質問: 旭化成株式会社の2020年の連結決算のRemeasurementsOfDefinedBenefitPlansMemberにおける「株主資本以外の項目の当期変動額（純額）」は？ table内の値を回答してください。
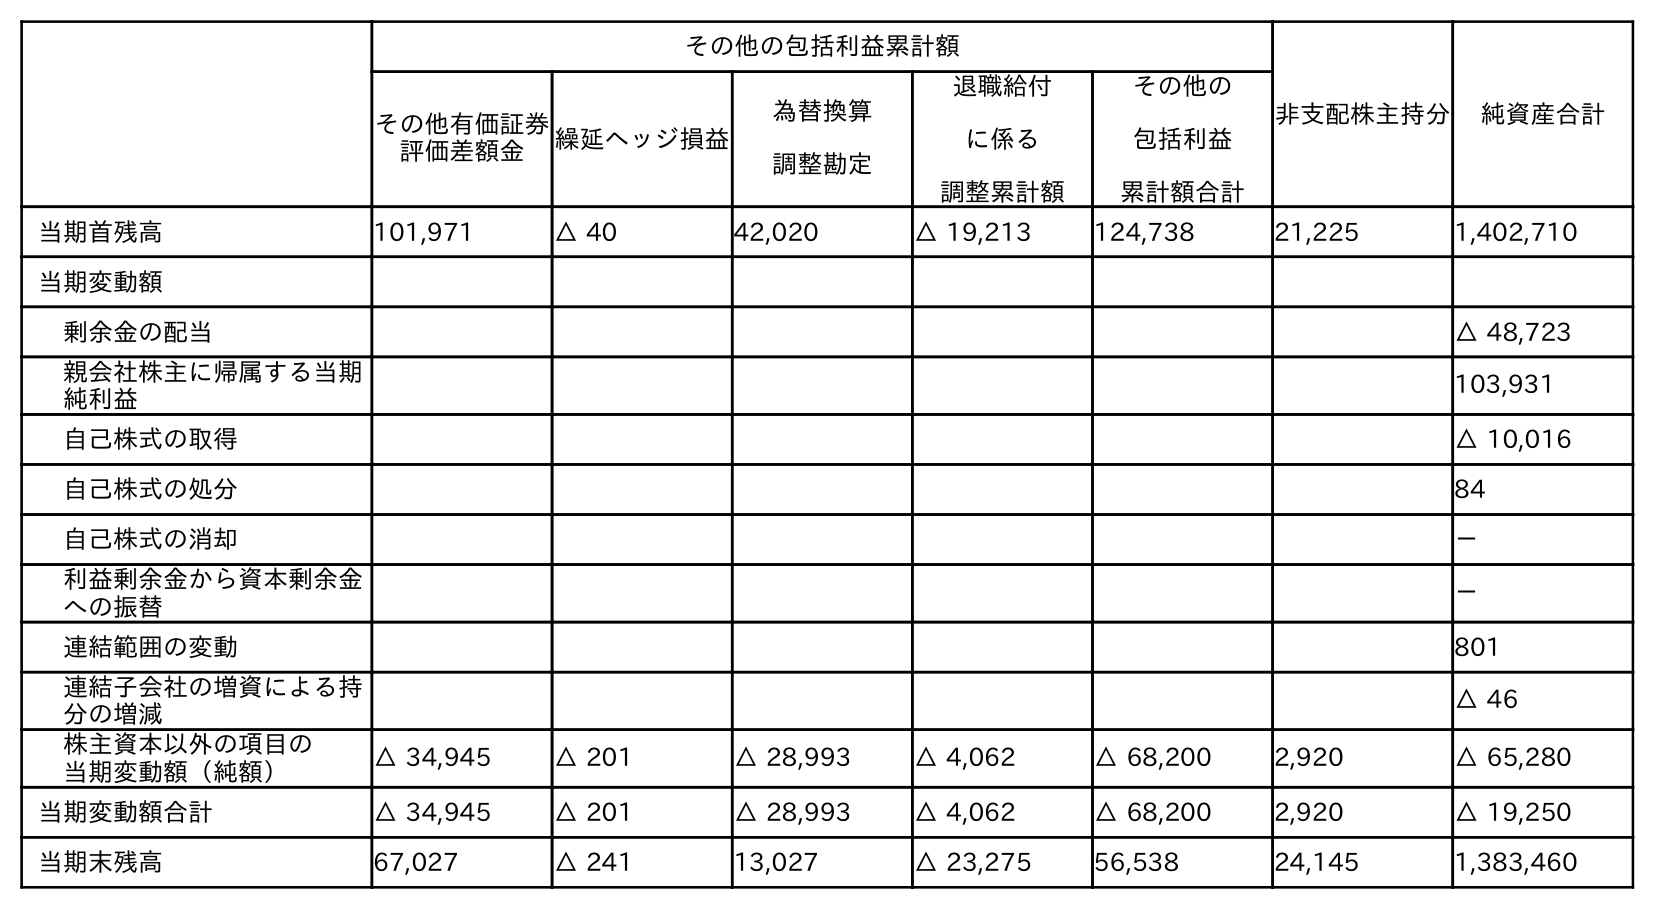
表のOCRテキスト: その他の包括利益累計額 非支配株主持分 純資産合計 その他有価証券 評価差額金 繰延ヘッジ損益 為替換算 調整勘定 退職給付 に係る 調整累計額 その他の 包括利益 累計額合計 当期首残高 101,971 △ 40 42,020 △ 19,213 124,738 21,225 1,402,710 当期変動額 剰余金の配当 △ 48,723 親会社株主に帰属する当期 純利益 103,931 自己株式の取得 △ 10,016 自己株式の処分 84 自己株式の消却 － 利益剰余金から資本剰余金 への振替 － 連結範囲の変動 801 連結子会社の増資による持 分の増減 △ 46 株主資本以外の項目の 当期変動額（純額） △ 34,945 △ 201 △ 28,993 △ 4,062 △ 68,200 2,920 △ 65,280 当期変動額合計 △ 34,945 △ 201 △ 28,993 △ 4,062 △ 68,200 2,920 △ 19,250 当期末残高 67,027 △ 241 13,027 △ 23,275 56,538 24,145 1,383,460
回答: △4,062